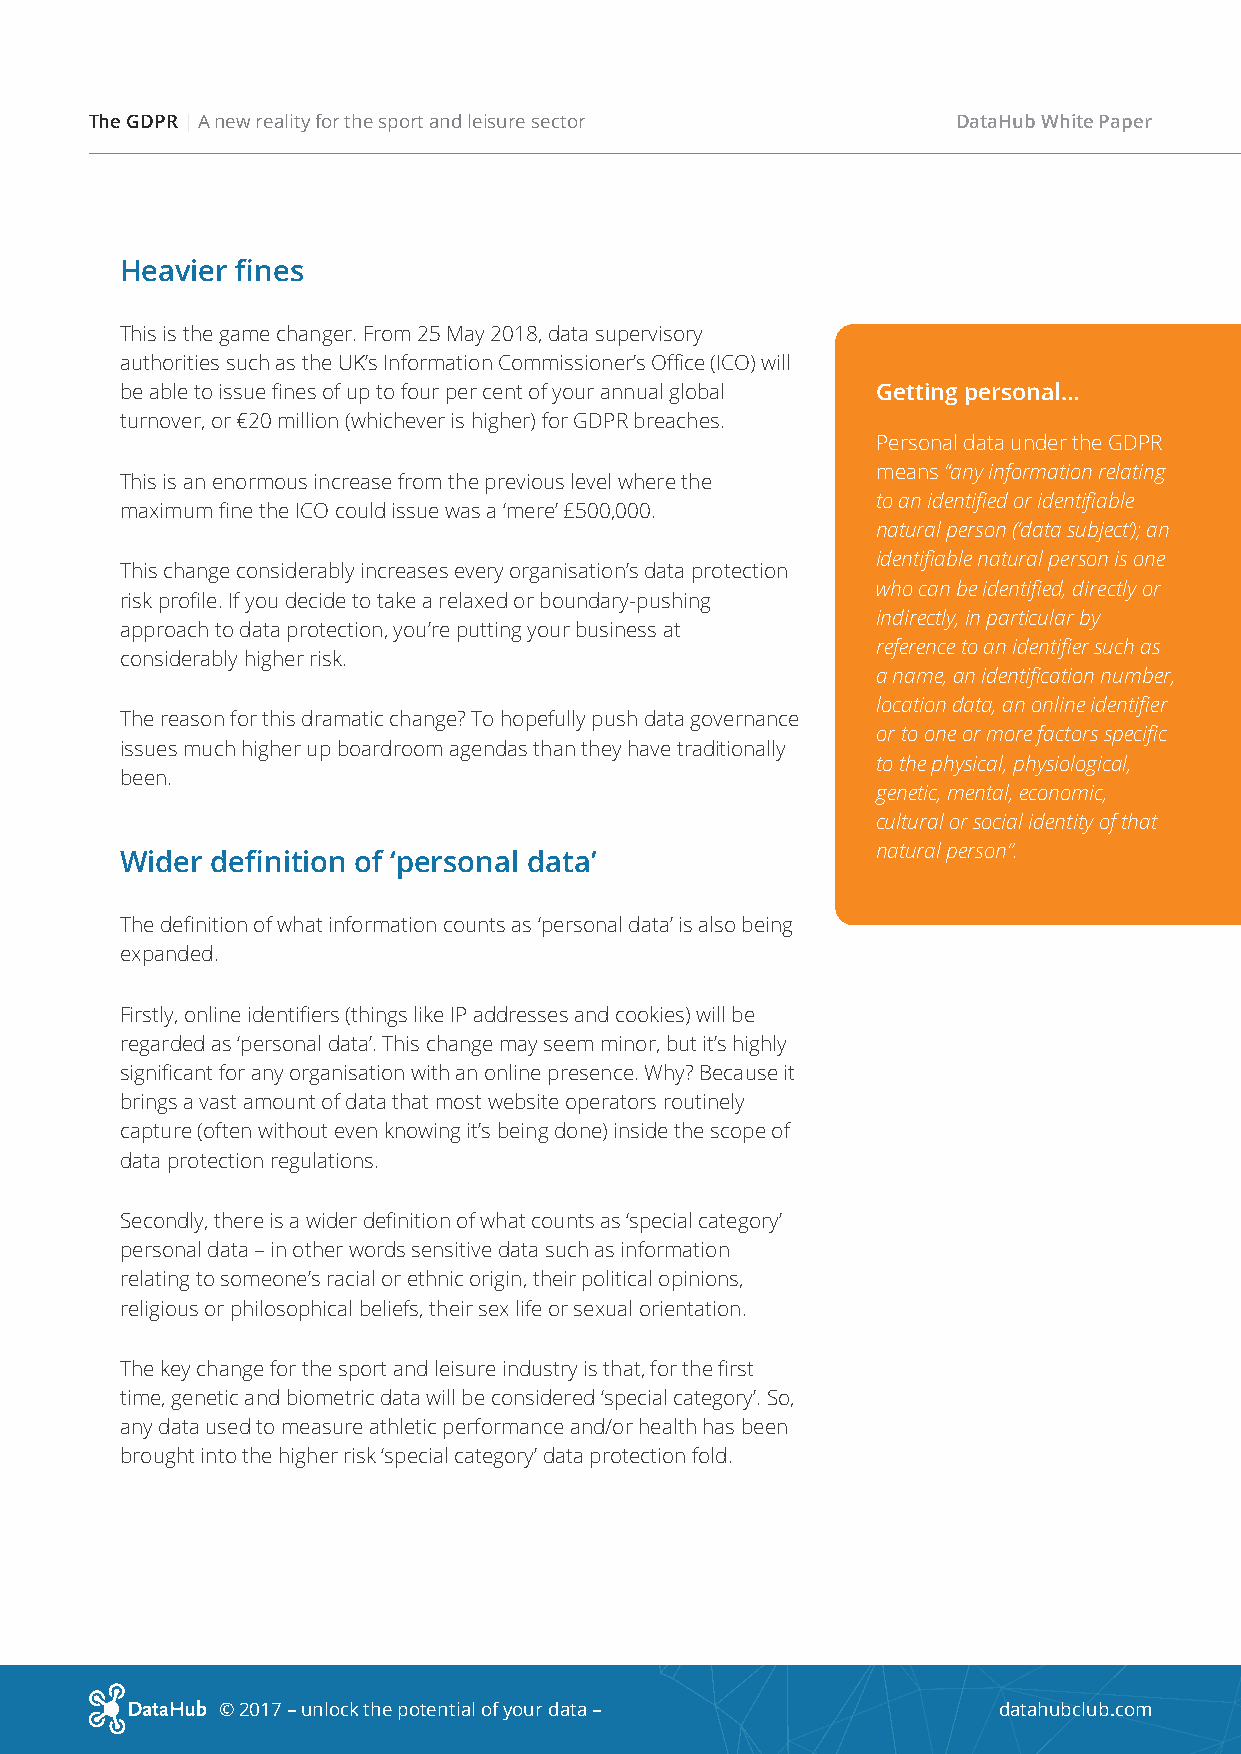
The GDPR | A new reality for the sport and leisure sector DataHub White Paper
 Heavier fines
 This is the game changer. From 25 May 2018, data supervisory
 authorities such as the UK’s Information Commissioner’s Office (ICO) will
 be able to issue fines of up to four per cent of your annual global Getting personal…
 turnover, or €20 million (whichever is higher) for GDPR breaches.
 Personal data under the GDPR
 means “any information relating
 This is an enormous increase from the previous level where the
 to an identified or identifiable
 maximum fine the ICO could issue was a ‘mere’ £500,000.
 natural person (‘data subject’); an
 identifiable natural person is one
 This change considerably increases every organisation’s data protection
 who can be identified, directly or
 risk profile. If you decide to take a relaxed or boundary-pushing
 indirectly, in particular by
 approach to data protection, you’re putting your business at
 reference to an identifier such as
 considerably higher risk.
 a name, an identification number,
 location data, an online identifier
 The reason for this dramatic change? To hopefully push data governance
 or to one or more factors specific
 issues much higher up boardroom agendas than they have traditionally
 to the physical, physiological,
 been.
 genetic, mental, economic,
 cultural or social identity of that
 natural person”.
 Wider definition of ‘personal data’
 The definition of what information counts as ‘personal data’ is also being
 expanded.
 Firstly, online identifiers (things like IP addresses and cookies) will be
 regarded as ‘personal data’. This change may seem minor, but it’s highly
 significant for any organisation with an online presence. Why? Because it
 brings a vast amount of data that most website operators routinely
 capture (often without even knowing it’s being done) inside the scope of
 data protection regulations.
 Secondly, there is a wider definition of what counts as ‘special category’
 personal data – in other words sensitive data such as information
 relating to someone’s racial or ethnic origin, their political opinions,
 religious or philosophical beliefs, their sex life or sexual orientation.
 The key change for the sport and leisure industry is that, for the first
 time, genetic and biometric data will be considered ‘special category’. So,
 any data used to measure athletic performance and/or health has been
 brought into the higher risk ‘special category’ data protection fold.
 © 2017 – unlock the potential of your data –        datahubclub.com